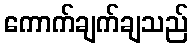
ကောက်ချက်ချသည်